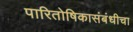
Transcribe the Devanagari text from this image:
पारितोषिकासंबंधीचा